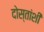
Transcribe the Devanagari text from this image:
दोस्तांशी